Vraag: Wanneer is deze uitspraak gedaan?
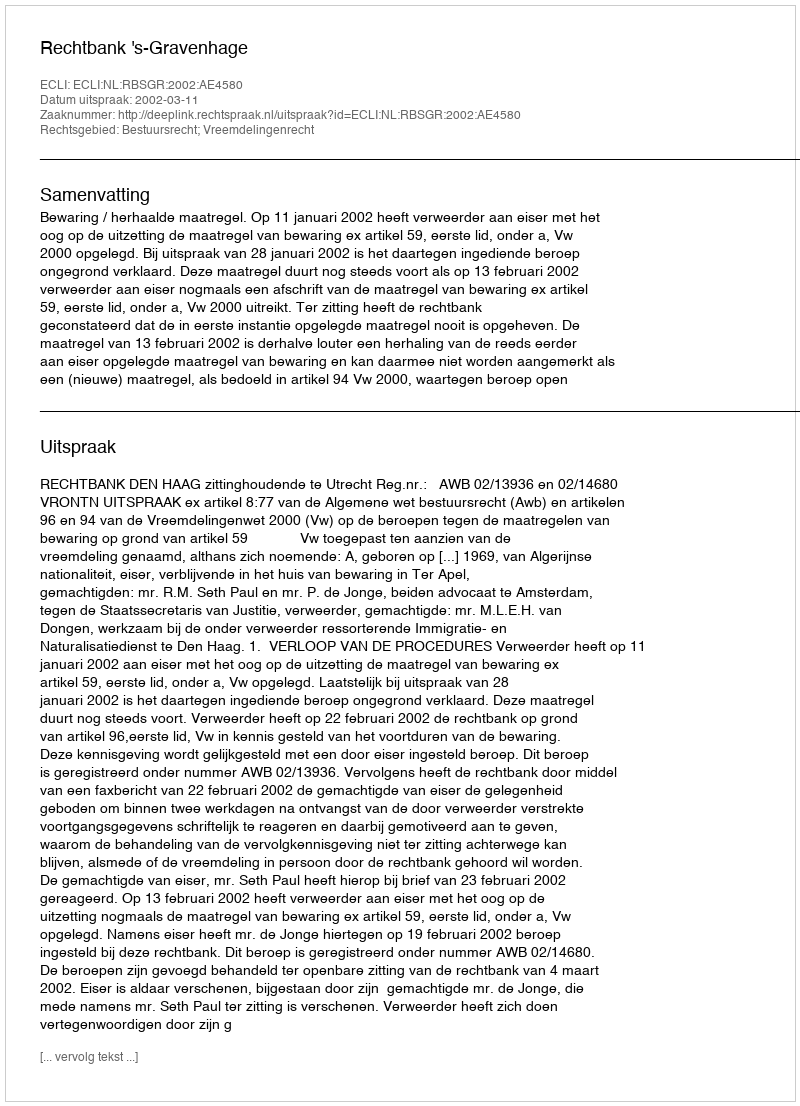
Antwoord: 2002-03-11